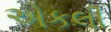
એકલી